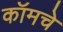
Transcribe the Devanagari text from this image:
कॉमचे